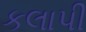
કલાપી